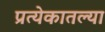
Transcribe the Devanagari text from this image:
प्रत्येकातल्या